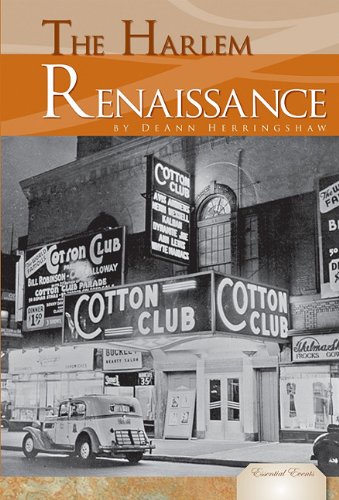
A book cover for The Harlem Renaissance (Essential Events); Deann Herringshaw; Teen & Young Adult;